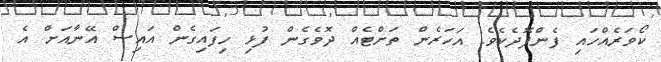
ކޯވަރެއްހައި ފެންފޮދެކެވެ. އަހަރެން ތަށްޓެއް ދޮވެގެން ފުޅި ހިފައިގެން އައިސް އޭނާއަށް އެ